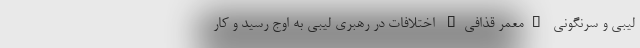
لیبی و سرنگونی "معمر قذافی" اختلافات در رهبری لیبی به اوج رسید و کار